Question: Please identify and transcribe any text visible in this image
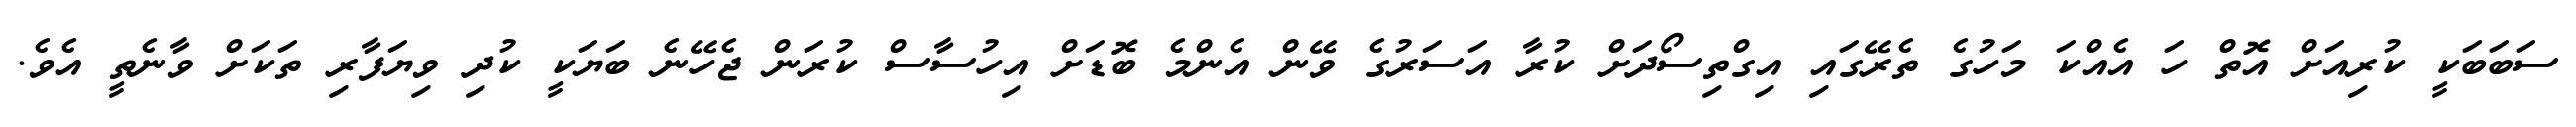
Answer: ސަބަބަކީ ކުރިއަށް އޮތް ހަ އެއްކަ މަހުގެ ތެރޭގައި އިގްތިސޯދަށް ކުރާ އަސަރުގެ ވޭން އެންމެ ބޮޑަށް އިހުސާސް ކުރަން ޖެހޭނެ ބަޔަކީ ކުދި ވިޔަފާރި ތަކަށް ވާނެތީ އެވެ.